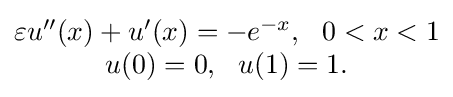
{\begin{matrix}\varepsilon u^{\prime \prime }(x)+u^{\prime }(x)=-e^{-x},\ \ 0<x<1\\u(0)=0,\ \ u(1)=1.\end{matrix}}